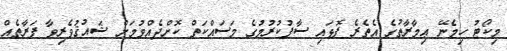
މިކޯޓު ހިމެނޭ ޢިމާރާތުގެ އެތެރެ ފޮޅައި ސާފުކުރުމުގެ މަސައްކަތް ކޮށްދެއްވުމަށް ޝައުޤުވެރިވާ ފަރާތެއް